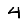
Digit: 4